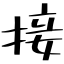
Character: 接